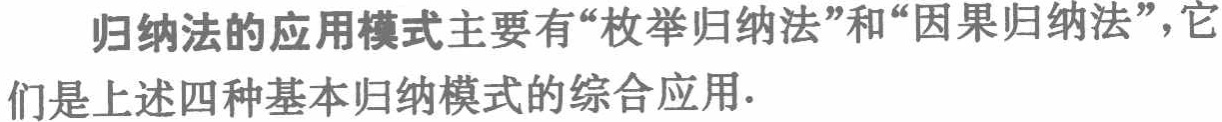
归纳法的应用模式主要有“枚举归纳法”和“因果归纳法”，它们是上述四种基本归纳模式的综合应用.